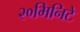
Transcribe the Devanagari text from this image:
२०मिनिटे